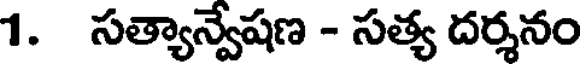
1. సత్యాన్వేషణ - సత్య దర్శనం